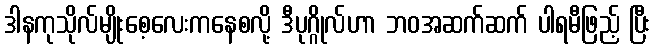
ဒါနကုသိုလ်မျိုးစေ့လေးကနေစလို့ ဒီပုဂ္ဂိုလ်ဟာ ဘဝအဆက်ဆက် ပါရမီဖြည့် ပြီး